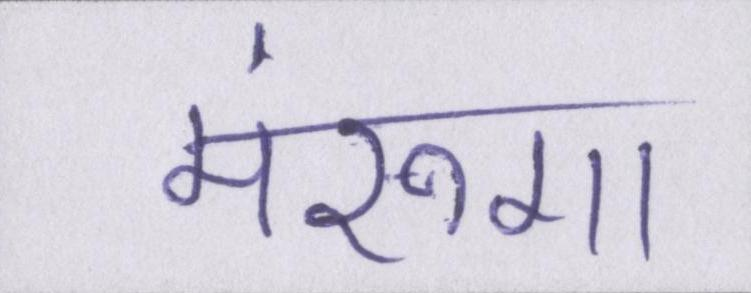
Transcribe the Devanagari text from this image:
मरूंगा